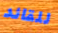
للقائد